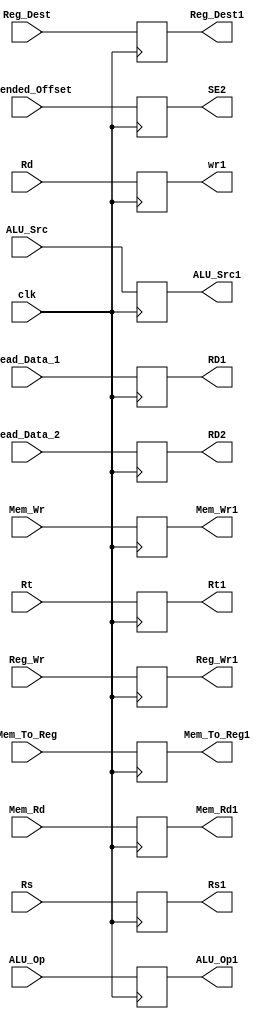
`timescale 1ns / 1ps

module IDE(
    input clk,
    input [31:0] Read_Data_1,
    input [31:0] Read_Data_2,
    input [31:0] Extended_Offset,
    input [4:0] Rd,
    output reg [31:0] RD1,
    output reg [31:0] RD2,
    output reg [31:0] SE2,
    output reg [4:0] wr1,
    
    input [5:0] ALU_Op,
    input ALU_Src,
    input Reg_Dest,
    input Mem_Wr,
    input Mem_Rd,
    input Reg_Wr,
    input Mem_To_Reg,
    output reg [5:0] ALU_Op1,
    output reg ALU_Src1,
    output reg Reg_Dest1,
    output reg Mem_Wr1,
    output reg Mem_Rd1,
    output reg Reg_Wr1,
    output reg Mem_To_Reg1,
    
    input [4:0]Rs,
    input [4:0]Rt,
    output reg [4:0] Rs1,
    output reg [4:0] Rt1
);

always @(posedge clk)
begin
    //PC_Final <= PC_New;
    RD1 <= Read_Data_1;
    RD2 <= Read_Data_2;
    SE2 <= Extended_Offset;
    wr1 <= Rd;
    
    ALU_Op1 <= ALU_Op;
    ALU_Src1 <= ALU_Src;
    Reg_Dest1 <= Reg_Dest;
    Mem_Wr1 <= Mem_Wr;
    Mem_Rd1 <= Mem_Rd;
    Reg_Wr1 <= Reg_Wr;
    Mem_To_Reg1 <= Mem_To_Reg;
    
    Rs1 <= Rs;
    Rt1 <= Rt;    
end

endmodule